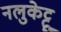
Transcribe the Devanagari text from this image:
नलुकेट्टू